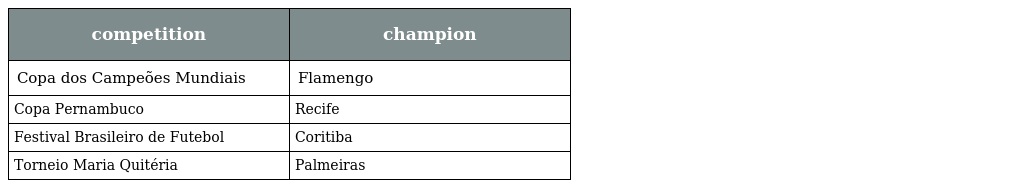
| competition | champion |
 | --- | --- |
 | Copa dos Campeões Mundiais | Flamengo |
 | Copa Pernambuco | Recife |
 | Festival Brasileiro de Futebol | Coritiba |
 | Torneio Maria Quitéria | Palmeiras |